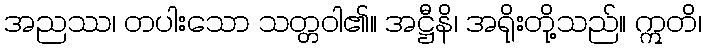
အညဿ၊ တပါးသော သတ္တဝါ၏။ အဋ္ဌီနိ၊ အရိုးတို့သည်။ ဣတိ၊